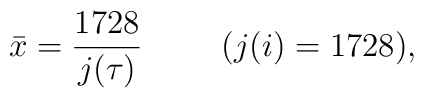
{\bar x}= \frac{1728}{j(\tau)}  \hspace{1cm} (j(i)=1728),